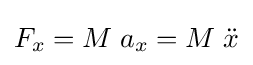
F_{x}=M\;a_{x}=M\;{\ddot {x}}